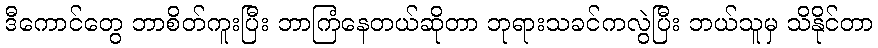
ဒီကောင်တွေ ဘာစိတ်ကူးပြီး ဘာကြံနေတယ်ဆိုတာ ဘုရားသခင်ကလွဲပြီး ဘယ်သူမှ သိနိုင်တာ